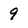
Character: 9